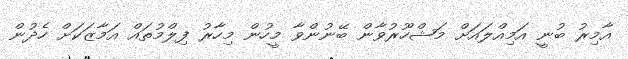
އާމިރު ބުނީ އަމިއްލައަށް މަޝްހޫރުވާން ބޭނުންވާ މީހުން މިހާރު ފިލްމުތައް އަމާޒަކަށް ހެދުން